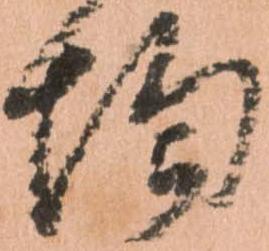
均